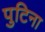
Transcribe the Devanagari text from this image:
पुटिना